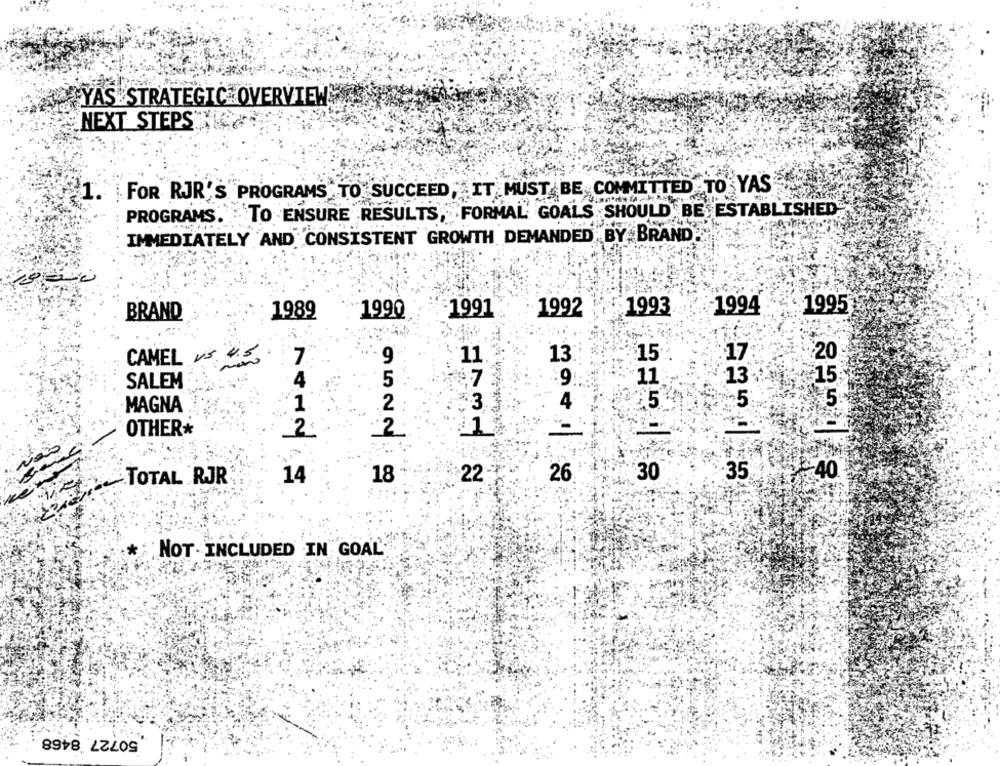
YAS STRATEGIC OVERVIEW
"NEXT STEPS"
FOR RJR'S PROGRAMS TO SUCCEED, IT MUST BE COMMITTED TO YAS
1.
PROGRAMS. TO ENSURE RESULTS, FORMAL GOALS SHOULD BE ESTABLISHED
IMMEDIATELY AND CONSISTENT GROWTH DEMANDED BY BRAND
1989
1990
=1991
1992
1993
1994
1995
BRAND
7
9
13
15
17:
20
CAMEL US 4.50
11.
15
SALEM
4
9 ::
11
5
MAGNA
1
2
5
OTHER*
2
2
30
-35
₩:40
TOTAL RJR
14
18
22-
26
NOT INCLUDED IN GOAL
50727 8468